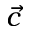
\vec { c }